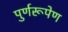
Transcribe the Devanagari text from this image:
पुर्णरूपेण